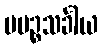
ပပဉ္စသင်္ခါယ